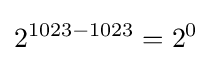
2^{1023-1023}=2^{0}